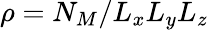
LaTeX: \rho=N_{M}/L_{x}L_{y}L_{z}